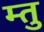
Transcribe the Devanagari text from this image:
म्तु